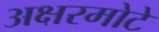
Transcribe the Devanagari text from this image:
अक्षरमोटे